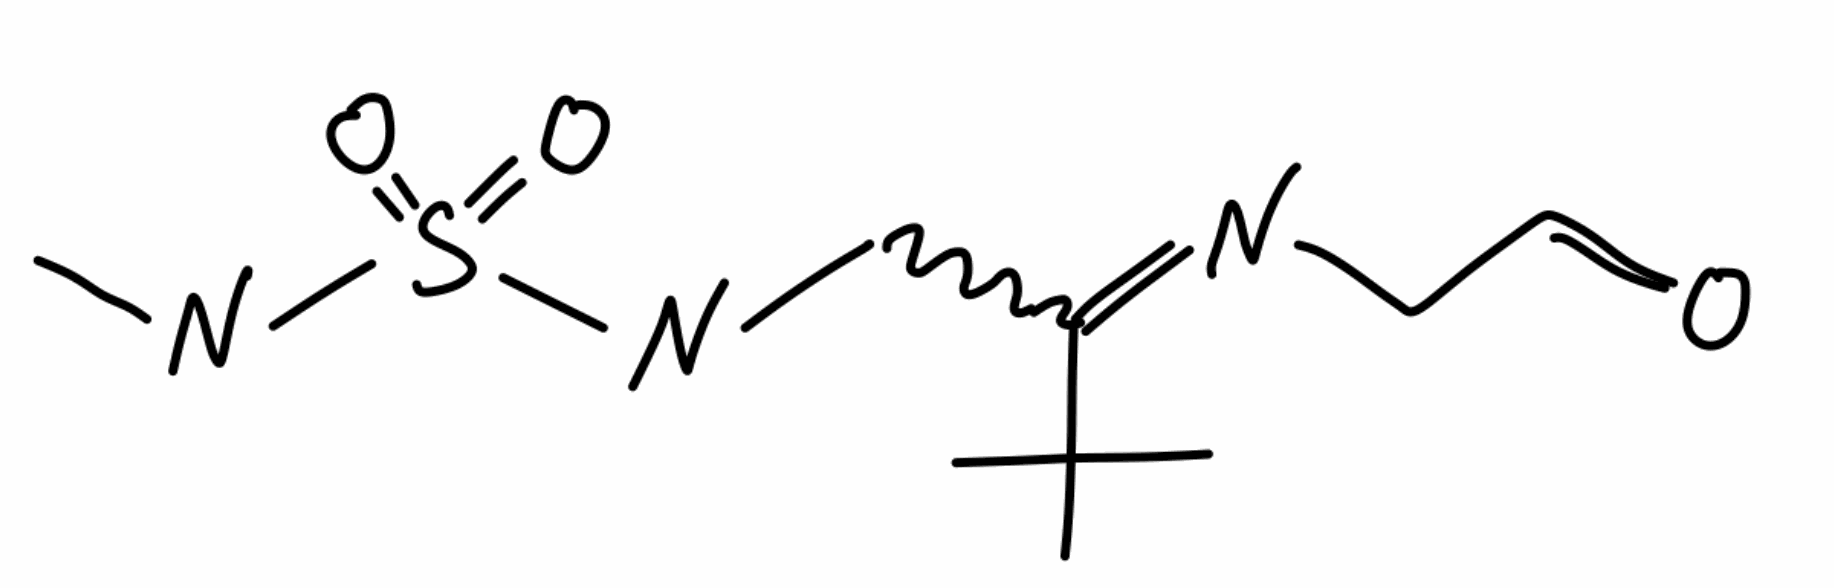
Simplified molecular-input line-entry system (SMILES) notation of the given molecule:
CC(C)(C)C(=NCC=O)CN(C)S(=O)(=O)N(C)C